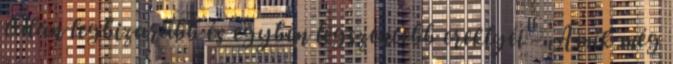
talán legbizarabb és egyben legszentebb ereklyéi - Amik még